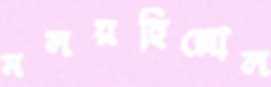
মলয়হিল্লোল